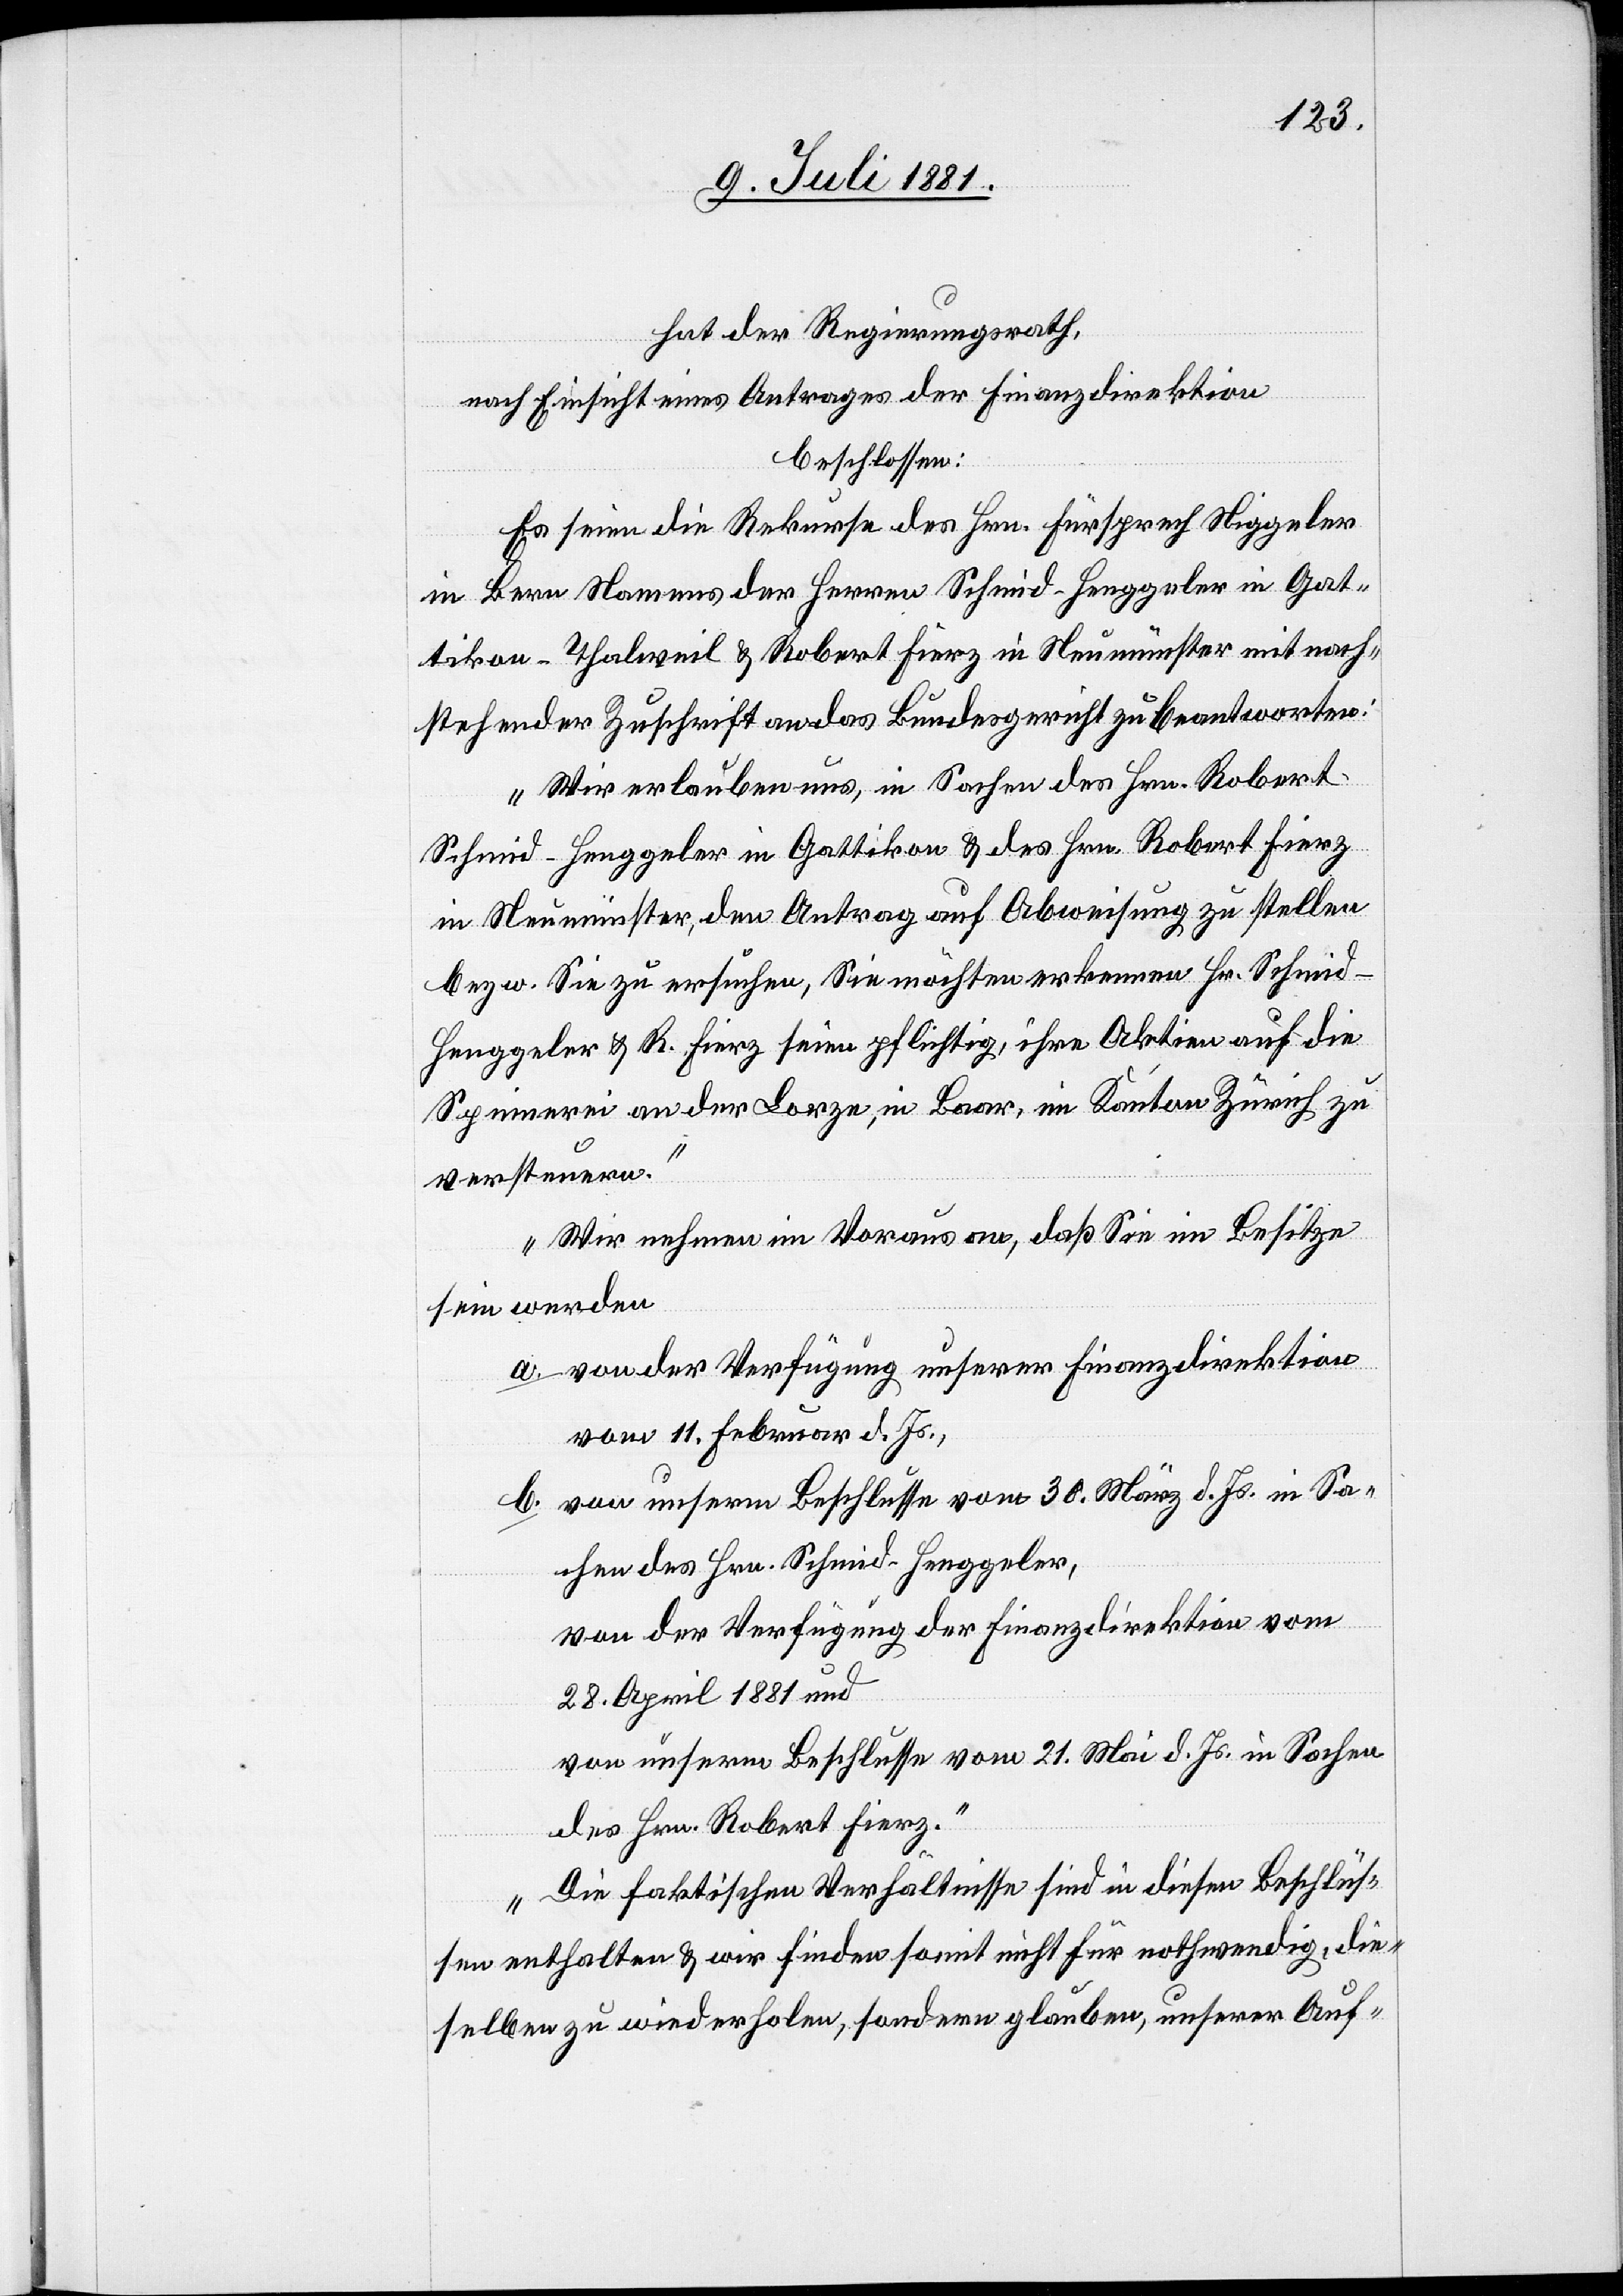
hat der Regierungsrath,
nach Einsicht eines Antrages der Finanzdirektion
beschlossen:
Es seien die Rekurse des Hrn. Fürsprech Niggeler
in Bern Namens der Herren Schmid-Henggeler in Gat¬
tikon - Thalweil & Robert Fierz in Neumünster mit nach¬
stehender Zuschrift an das Bundesgericht zu beantworten:
„Wir erlauben uns, in Sachen des Hrn. Robert
in Neumünster, den Antrag auf Abweisung zu stellen
bezw. Sie zu ersuchen, Sie möchten erkennen Hr. Schmid-H¬
enggeler & R. Fierz seien pflichtig, ihre Aktien auf die
Spinnerei an der Lorze, in Baar, im Kanton Zürich zu
versteuern.
Wir nehmen im Voraus an, daß Sie im Besitze
sein werden
a. von der Verfügung unserer Finanzdirektion
vom 11. Februar d. Js.,
b. von unserm Beschlusse vom 30. März d. Js. in Sa¬
chen des Hrn. Schmid-Henggeler,
von der Verfügung der Finanzdirektion vom
28. April 1881 und
von unserm Beschlusse vom 21 Mai d. Js. in Sachen
des Hrn. Robert Fierz.
Die faktischen Verhältnisse sind in diesen Beschlüs¬
sen enthalten & wir finden somit nicht für nothwendig, die¬
selben zu wiederholen, sondern glauben, unserer Auf-